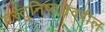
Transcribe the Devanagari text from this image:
वस्तुनिष्ठतेवरील